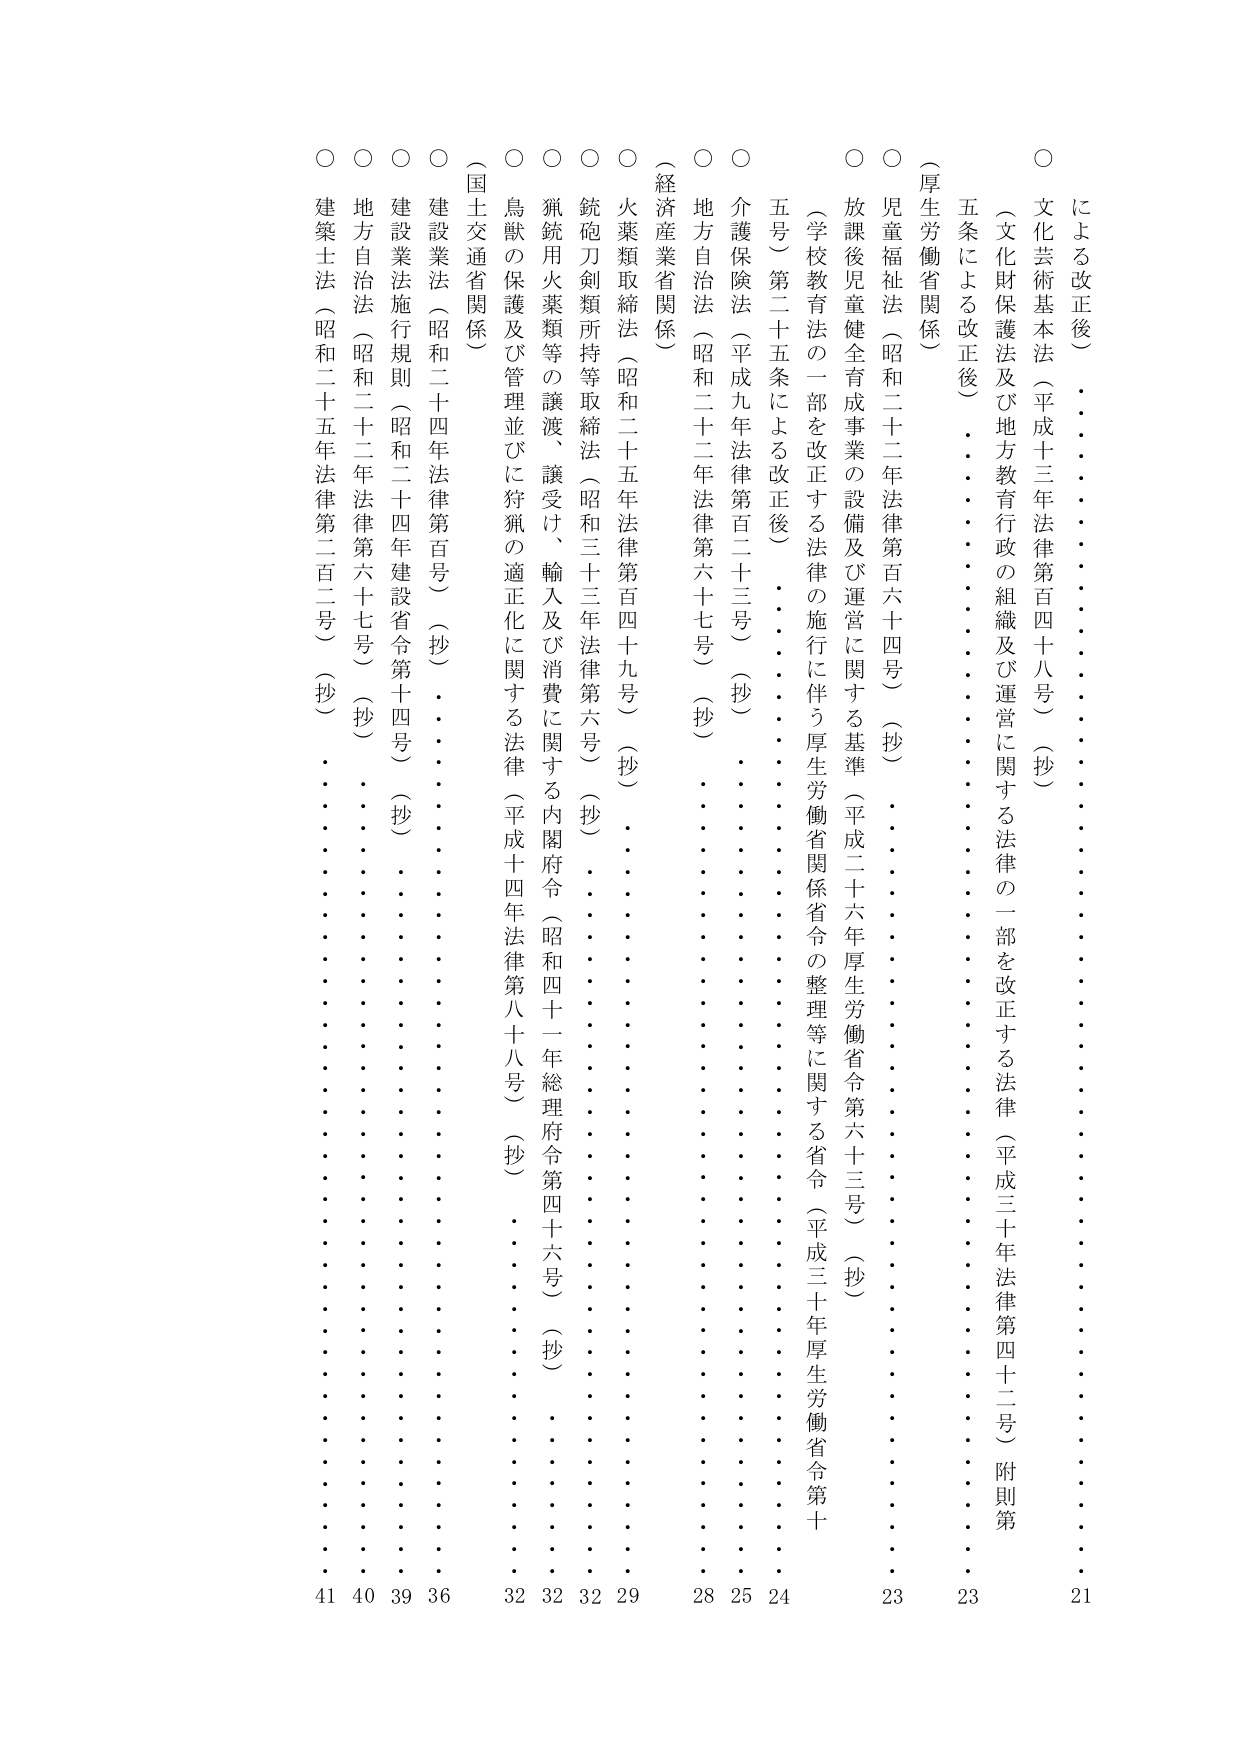
○ による改正後）
文化芸術基本法（平成十三年法律第百四十八号）（抄）
（文化財保護法及び地方教育行政の組織及び運営に関する法律の一部を改正する法律（平成三十年法律第四十二号）附則第五条による改正後）
○ （厚生労働省関係）
児童福祉法（昭和二十二年法律第百六十四号）（抄）
放課後児童健全育成事業の設備及び運営に関する基準（平成二十六年厚生労働省令第六十三号）（抄）
（学校教育法の一部を改正する法律の施行に伴う厚生労働省関係省令の整理等に関する省令（平成三十年厚生労働省令第十号）第二十五条による改正後）
○ 介護保険法（平成九年法律第百二十三号）（抄）
○ 地方自治法（昭和二十二年法律第六十七号）（抄）
（経済産業省関係）
○ 火薬類取締法（昭和二十五年法律第百四十九号）（抄）
○ 銃砲刀剣類所持等取締法（昭和三十三年法律第六号）（抄）
○ 猟銃用火薬類等の譲渡、譲受け、輸入及び消費に関する内閣府令（昭和四十一年総理府令第四十六号）（抄）
○ 鳥獣の保護及び管理並びに狩猟の適正化に関する法律（平成十四年法律第八十八号）（抄）
（国土交通省関係）
○ 建設業法（昭和二十四年法律第百号）（抄）
○ 建設業法施行規則（昭和二十四年建設省令第十四号）（抄）
○ 地方自治法（昭和二十二年法律第六十七号）（抄）
○ 建築士法（昭和二十五年法律第二百二号）（抄）

21 23 23 24 25 28 29 32 32 32 36 39 40 41